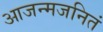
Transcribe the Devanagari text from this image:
आजन्मजनितं